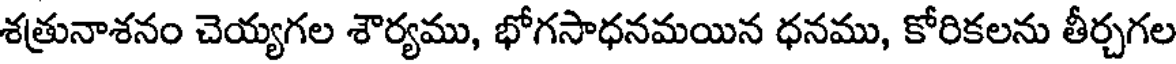
శత్రునాశనం చెయ్యగల శౌర్యము, భోగసాధనమయిన ధనము, కోరికలను తీర్చగల